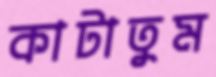
কাটাতুম